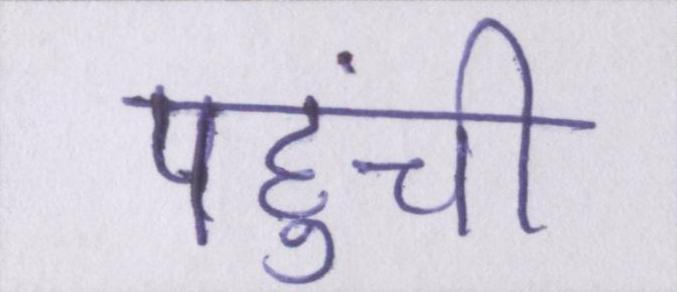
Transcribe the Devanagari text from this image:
पहुंची